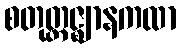
စတုတ္ထဇ္ဈာနကထာ